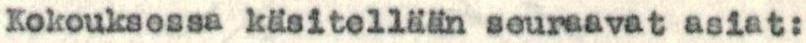
Kokouksessa käsitellään seuraavat asiat: